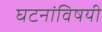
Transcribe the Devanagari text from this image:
घटनांविषयी